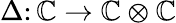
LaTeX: \Delta\colon\mathbb{C}\to\mathbb{C}\otimes\mathbb{C}